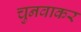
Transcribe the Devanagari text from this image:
चुनवाकर